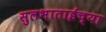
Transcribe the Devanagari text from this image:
सुलभाताईंच्या